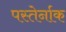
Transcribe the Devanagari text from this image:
पस्तेर्नाक